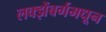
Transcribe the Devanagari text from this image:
लक्झेंबर्गमधून